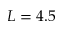
L = 4 . 5